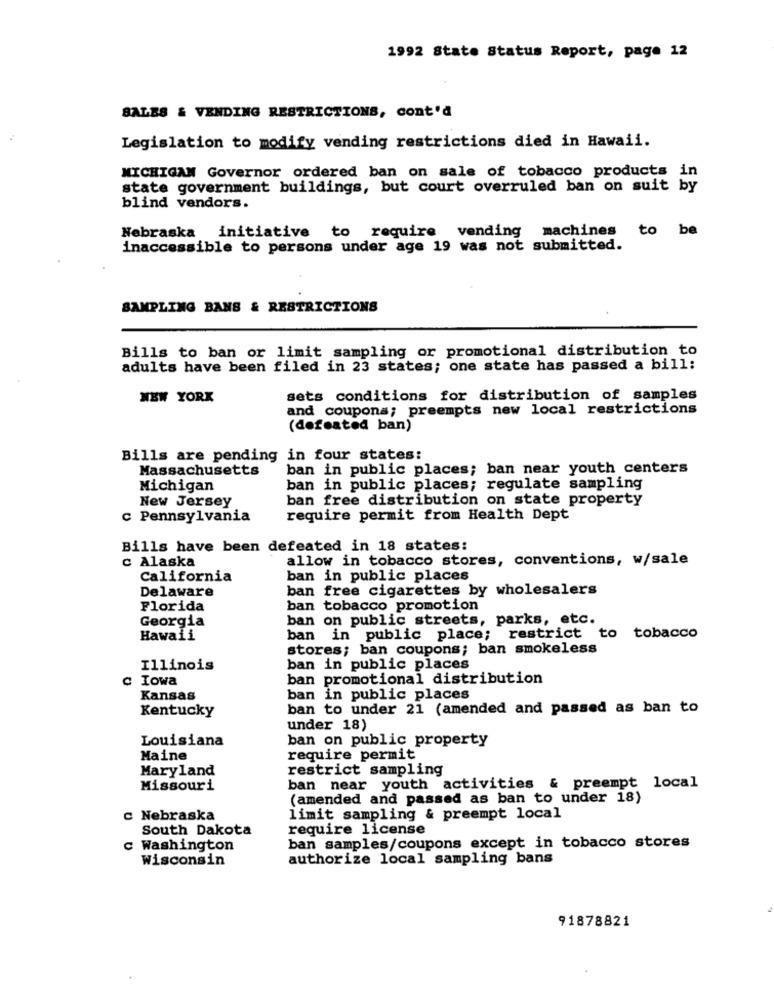
1992 State Status Report, page 12
SALES & VENDING RESTRICTIONS, cont'd
Legislation to modify vending restrictions died in Hawaii.
MICHIGAN Governor ordered ban on sale of tobacco products in
state government buildings, but court overruled ban on suit by
blind vendors.
Nebraska initiative to require vending machines to be
inaccessible to persons under age 19 was not submitted.
SAMPLING BANS & RESTRICTIONS
Bills to ban or limit sampling or promotional distribution to
adults have been filed in 23 states; one state has passed a bill:
NEW YORK
sets conditions for distribution of samples
and coupons; preempts new local restrictions
(defeated ban)
Bills are pending in four states:
Massachusetts
ban in public places; ban near youth centers
Michigan
ban in public places; regulate sampling
New Jersey
ban free distribution on state property
c Pennsylvania
require permit from Health Dept
Bills have been defeated in 18 states:
c Alaska
allow in tobacco stores, conventions, w/sale
California
ban in public places
Delaware
ban free cigarettes by wholesalers
Florida
ban tobacco promotion
Georgia
ban on public streets, parks, etc.
Hawaii
ban in public place; restrict to tobacco
stores; ban coupons; ban smokeless
Illinois
ban in public places
c Iowa
ban promotional distribution
Kansas
ban in public places
ban to under 21 (amended and passed as ban to
Kentucky
under 18)
Louisiana
ban on public property
Maine
require permit
Maryland
restrict sampling
Missouri
ban near youth activities & preempt local
(amended and passed as ban to under 18)
c Nebraska
limit sampling & preempt local
South Dakota
require license
c Washington
ban samples/coupons except in tobacco stores
Wisconsin
authorize local sampling bans
91878821